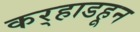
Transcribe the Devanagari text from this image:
कर्‍हाडहून